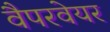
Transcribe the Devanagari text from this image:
वैपरवेयर